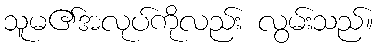
သူမ၏အလုပ်ကိုလည်း လွမ်းသည်။